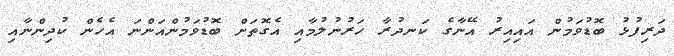
ދަރިފުޅު ބޮޑުވަމުން އައިއިރު އޭނާގެ ކަނދުރާ ހަރުނުލުމާއި އެގޮތަށް ބޮޑުވަމުންއަންނަ އެހެން ކުދިންނާއި